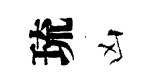
琉凶